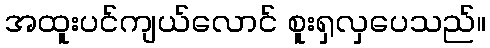
အထူးပင်ကျယ်လောင် စူးရှလှပေသည်။